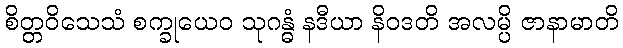
စိတ္တဝိသေသံ စက္ခုယေဝ သုဂန္ဓံ နဒီယာ နိဝဒတိ အလမ္ပိ ဇာနာမာတိ